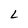
Character: L